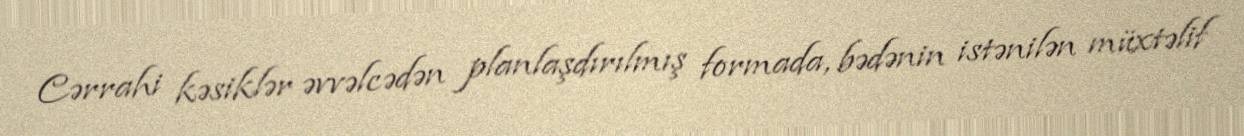
Cərrahi kəsiklər əvvəlcədən planlaşdırılmış formada, bədənin istənilən müxtəlif